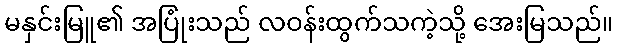
မနှင်းမြူ၏ အပြုံးသည် လဝန်းထွက်သကဲ့သို့ အေးမြသည်။